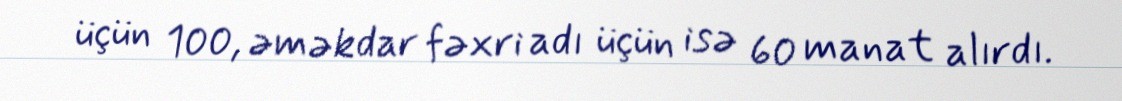
üçün 100, əməkdar fəxri adı üçün isə 60 manat alırdı.